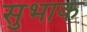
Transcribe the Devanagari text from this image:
सुभाक